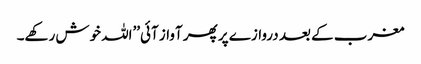
مغرب کے بعد دروازے پر پھر آواز آئی’’اللہ خوش رکھے۔